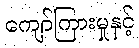
ကျော်ကြားမှုနှင့်